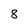
Character: 8